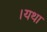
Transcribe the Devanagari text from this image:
।यथा